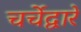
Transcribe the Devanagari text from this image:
चर्चेद्वारे